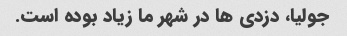
جولیا، دزدی ها در شهر ما زیاد بوده است.